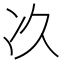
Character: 𠖮